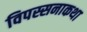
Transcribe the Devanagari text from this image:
विपस्सनाकथा